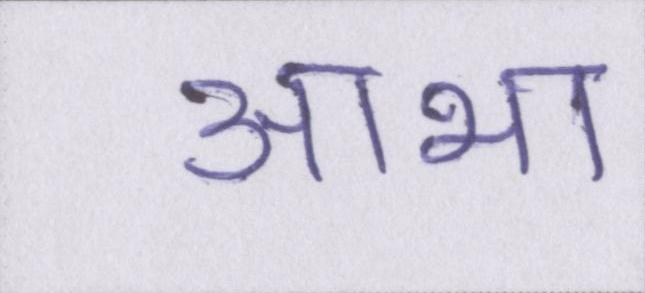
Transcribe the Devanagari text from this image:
आभा